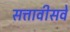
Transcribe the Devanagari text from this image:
सत्तावीसवे